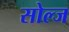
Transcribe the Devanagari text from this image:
सोल्ज